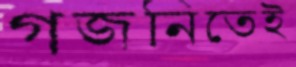
গজনিতেই